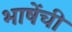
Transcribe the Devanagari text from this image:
भाषेंची